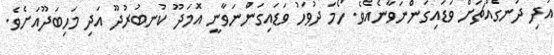
އަދި ދަނގެއްޗަށް ވަޑައިގަންނަވާނެއެވެ. ހޯމަ ދުވަހު ވަޑައިގަންނަވާނީ އޮމަދޫ ކުނބުރުދޫ އަދި މަހިބަދޫއަށެވެ.